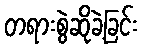
တရားစွဲဆိုခဲ့ခြင်း